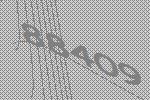
88409